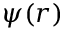
\psi ( r )